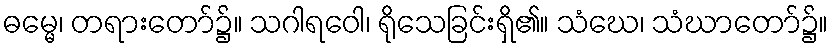
ဓမ္မေ၊ တရားတော်၌။ သဂါရဝေါ၊ ရိုသေခြင်းရှိ၏။ သံဃေ၊ သံဃာတော်၌။